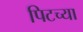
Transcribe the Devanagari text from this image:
पिटच्या